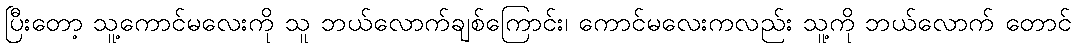
ပြီးတော့ သူ့ကောင်မလေးကို သူ ဘယ်လောက်ချစ်ကြောင်း၊ ကောင်မလေးကလည်း သူ့ကို ဘယ်လောက် တောင်